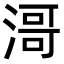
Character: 滒